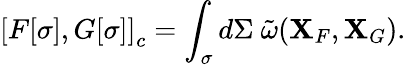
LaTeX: \left[{F[\sigma],G[\sigma]}\right]_{c}=\int_{\sigma}{d\Sigma\ \tilde{\omega}({\mathbf X}_{F},{\mathbf X}_{G})}.